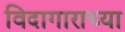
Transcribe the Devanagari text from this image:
विदागाराच्या